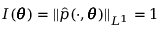
I ( \pmb \theta ) = \| \hat { p } ( \cdot , \pmb \theta ) \| _ { L ^ { 1 } } = 1